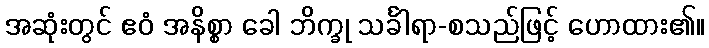
အဆုံးတွင် ဧဝံ အနိစ္စာ ခေါ ဘိက္ခု သင်္ခါရာ-စသည်ဖြင့် ဟောထား၏။